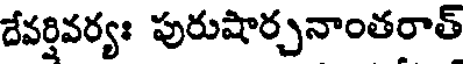
దేవర్షివర్యః పురుషార్చనాంతరాత్